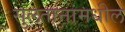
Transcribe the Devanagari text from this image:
सुलतानांमधील